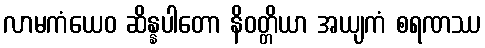
လာမကံယေဝ ဆိန္နပါတော နိဝတ္တိယာ အယျကံ စရဏဿ